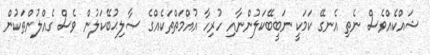
ޝައްކެއްވެސް ނެތި އެނގޭ ކަމަކީ ނަބީބޭކަލުންނާއި ހުރިހާ އުއްމަތްތަކެއްގެ ޞާލިޙުބޭކަލުން ވެސް ގެއްލުންތަކުން